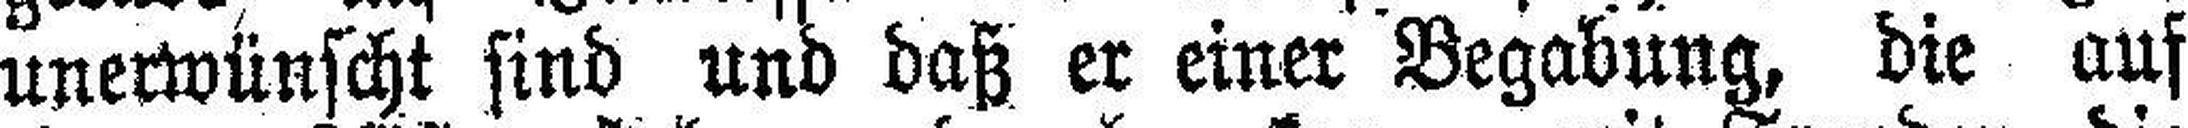
unerwünscht sind und daß er einer Begabung, die auf